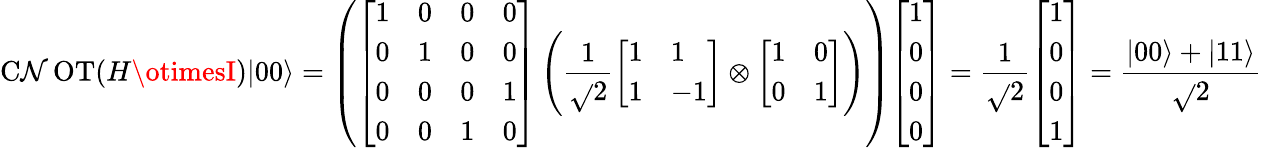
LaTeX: \operatorname{C\mathcal{N}OT}(H\otimesI)|00\rangle=\left({\left[\begin{array}{llll}{1}&{0}&{0}&{0}\\ {0}&{1}&{0}&{0}\\ {0}&{0}&{0}&{1}\\ {0}&{0}&{1}&{0}\end{array}\right]}\left({\frac{{1}}{{\sqrt{}{{2}}}}}{\left[\begin{array}{ll}{1}&{1}\\ {1}&{-1}\end{array}\right]}\otimes{\left[\begin{array}{ll}{1}&{0}\\ {0}&{1}\end{array}\right]}\right)\right){\left[\begin{array}{l}{1}\\ {0}\\ {0}\\ {0}\end{array}\right]}={\frac{{1}}{{\sqrt{}{{2}}}}}{\left[\begin{array}{l}{1}\\ {0}\\ {0}\\ {1}\end{array}\right]}={\frac{{|00\rangle+|11\rangle}}{{\sqrt{}{{2}}}}}